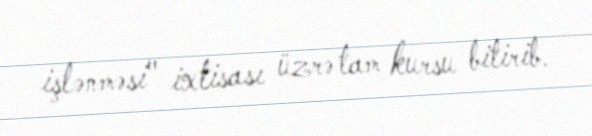
işlənməsi" ixtisası üzrə tam kursu bitirib.